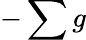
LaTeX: -\sum g